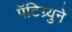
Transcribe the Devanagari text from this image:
पॅटिग्र्युने